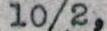
10/2,